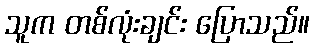
သူက တစ်လုံးချင်း ပြောသည်။